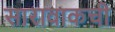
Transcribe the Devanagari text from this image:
सारावाकची